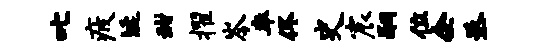
叱疲埏甜擢岑率佟史宸嗣位企丞